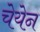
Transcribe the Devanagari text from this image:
चेयेन